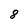
Character: 8